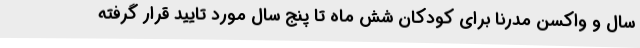
سال و واکسن مدرنا برای کودکان شش ماه تا پنج سال مورد تایید قرار گرفته